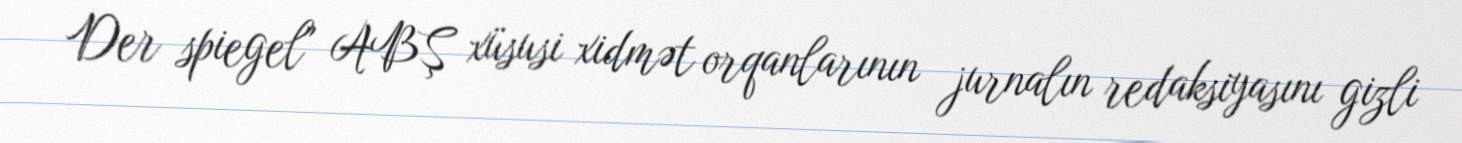
Der spiegel" ABŞ xüsusi xidmət orqanlarının jurnalın redaksiyasını gizli